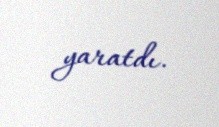
yaratdı.